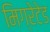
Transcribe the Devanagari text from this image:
मिग्रेटेड